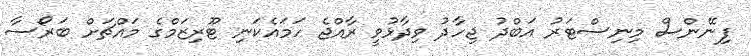
ފިނޭންސް މިނިސްޓަރު އަބްދު ޖިހާދު ވިދާޅުވީ ރާއްޖެ ހަމައެކަނި ޓޫރިޒަމްގެ މައްޗަށް ބަރޯސާ